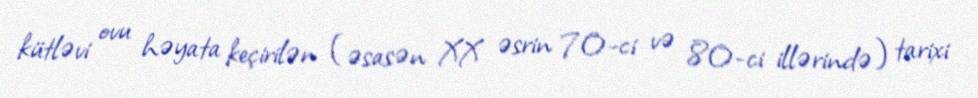
kütləvi ovu həyata keçirilən (əsasən XX əsrin 70-ci və 80-ci illərində) tarixi